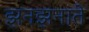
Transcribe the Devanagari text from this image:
झनझनाते